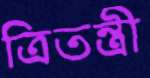
ত্রিতন্ত্রী